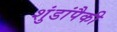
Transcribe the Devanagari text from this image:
शुंडांपैकी